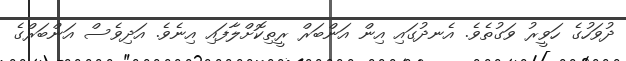
ދުވަހުގެ ހަވީރު ވަގުތެވެ. އެނދުގައި އިން އަންބަރް ރީތިކޮށްލާފައި އިނެވެ. އަދިވެސް އަންބަރްގެ